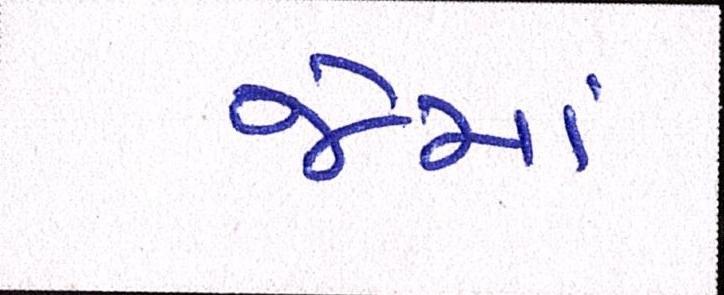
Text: જેમાં